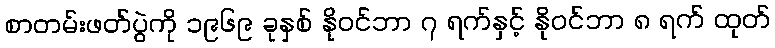
စာတမ်းဖတ်ပွဲကို ၁၉၆၉ ခုနှစ် နိုဝင်ဘာ ၇ ရက်နှင့် နိုဝင်ဘာ ၈ ရက် ထုတ်